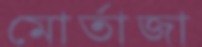
মোর্তাজা